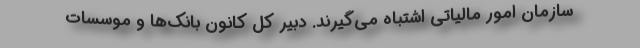
سازمان امور مالیاتی اشتباه می‌گیرند. دبیر کل کانون بانک‌ها و موسسات